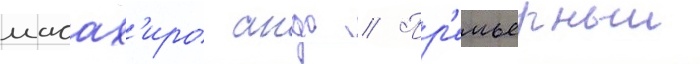
масах'иро андо // Пр'емьерныи